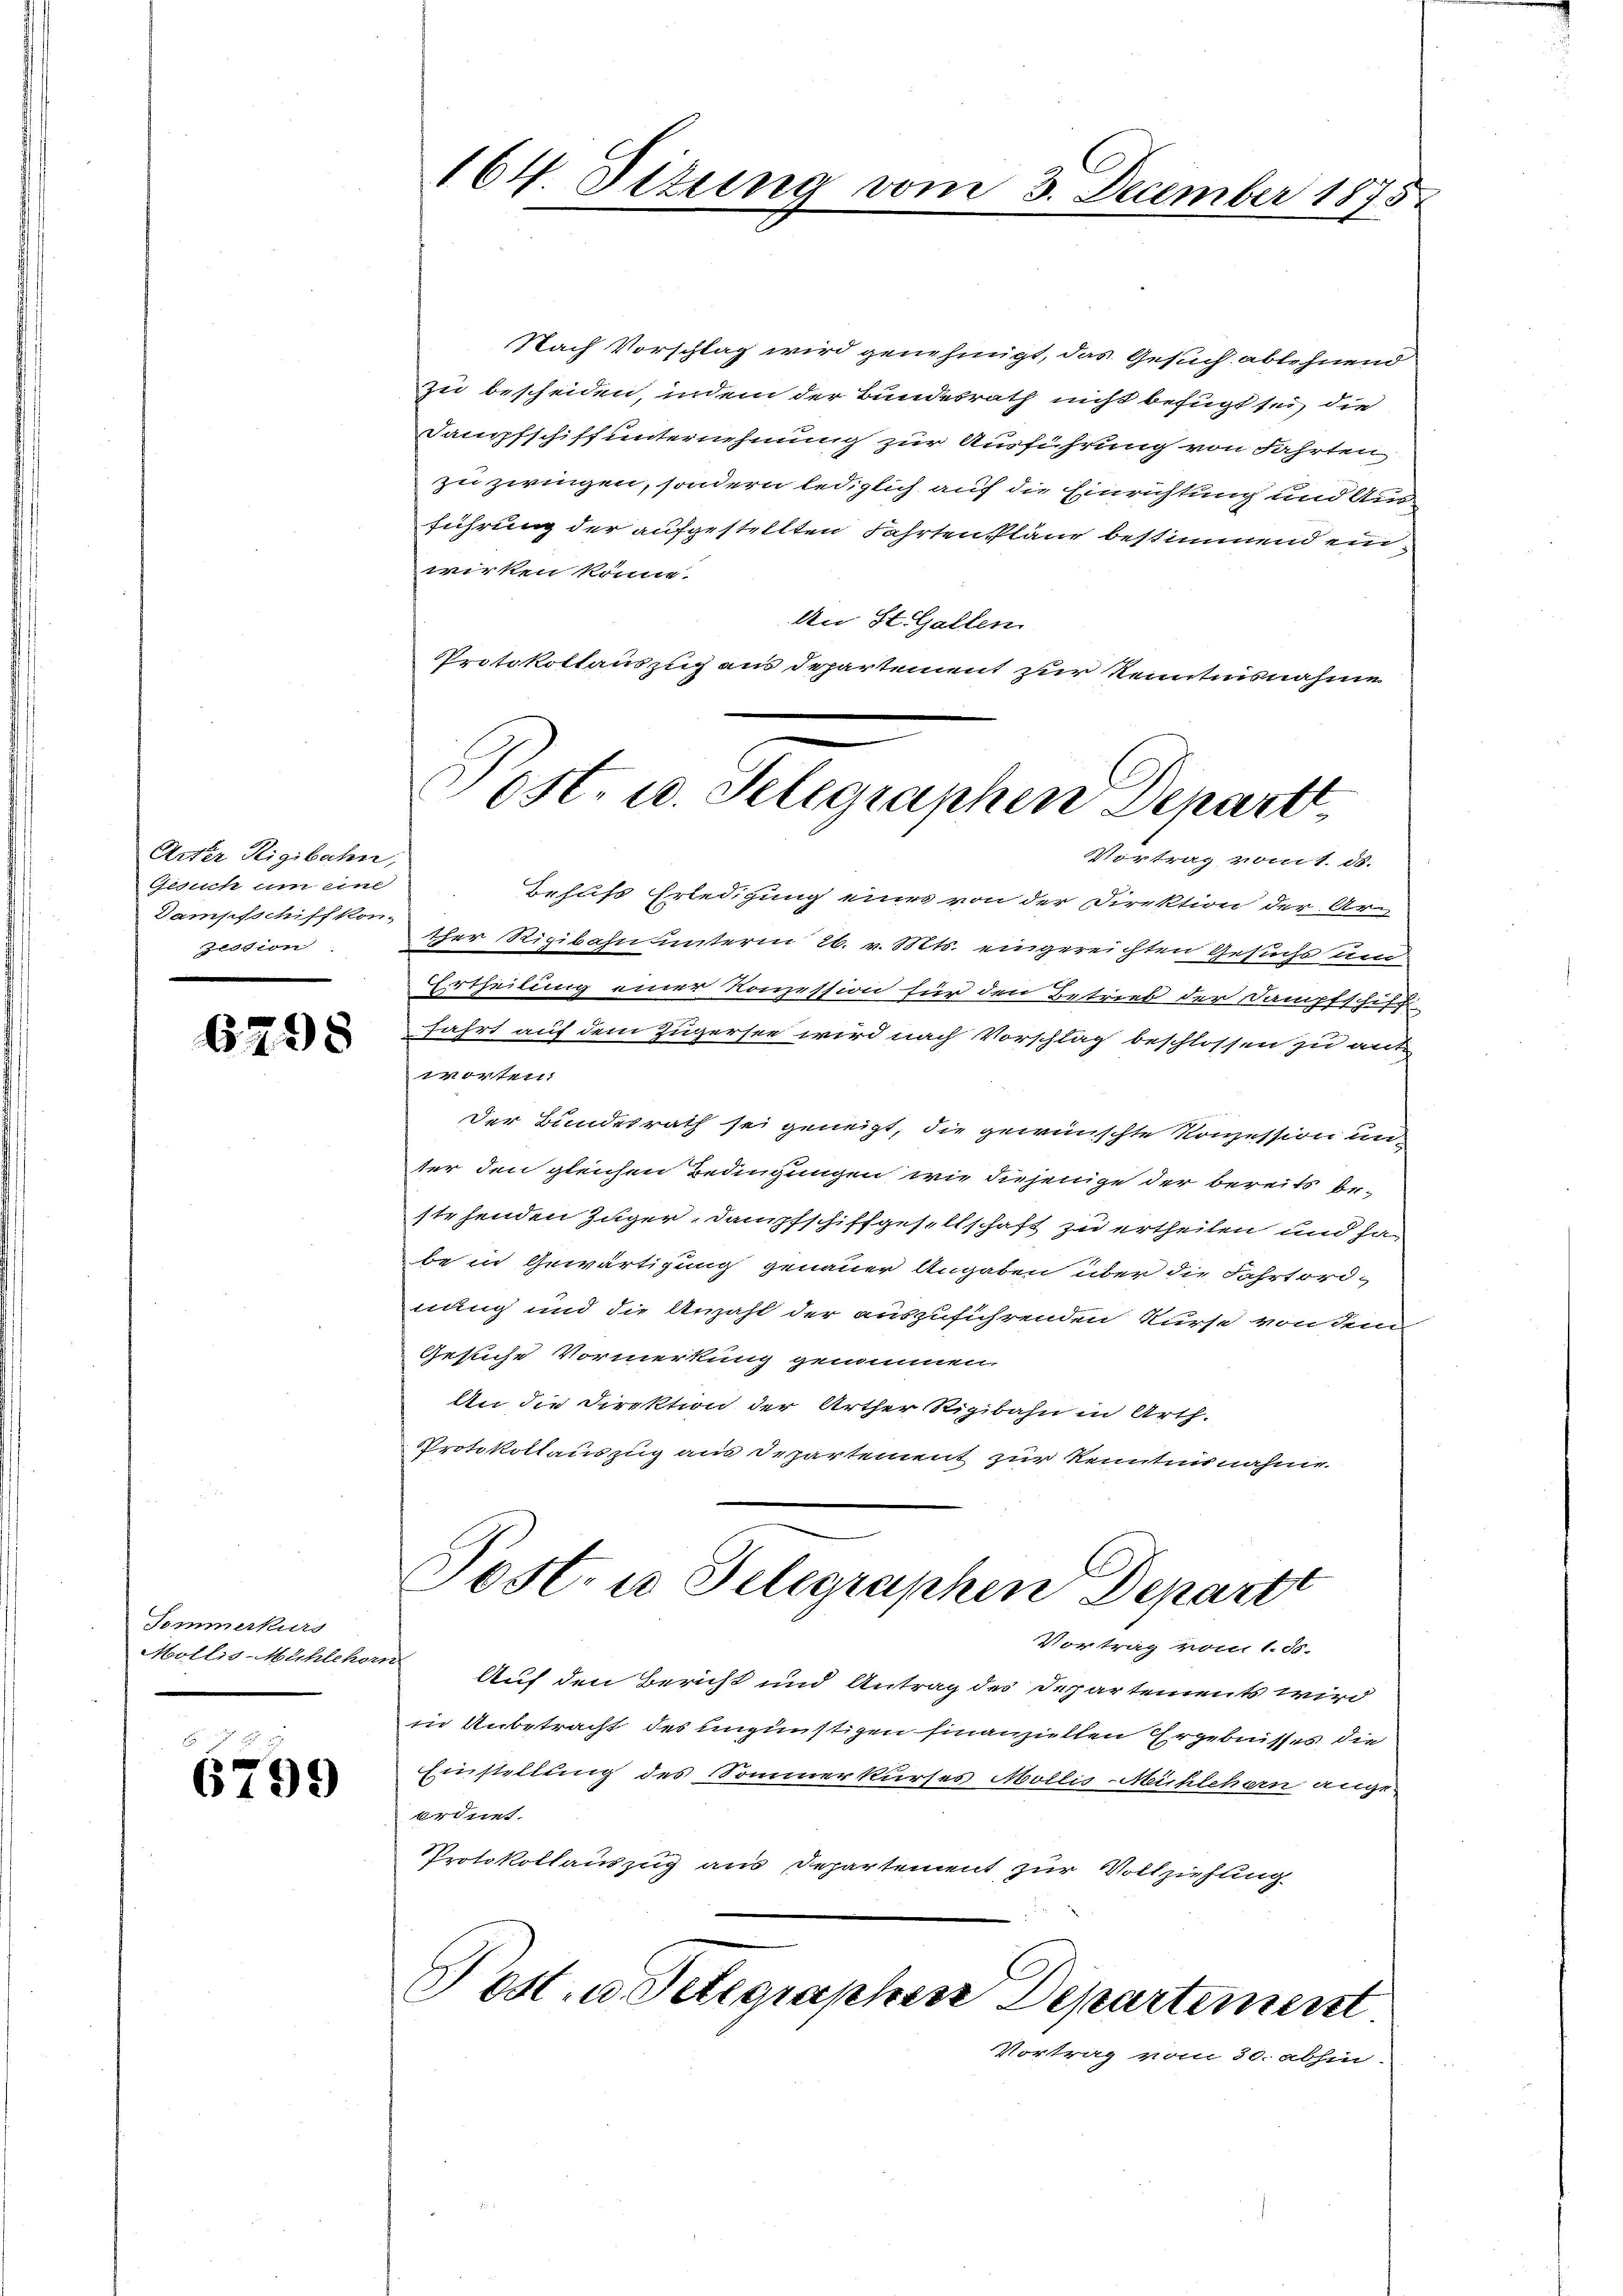
Arter Rigibahn,
Gesuch um eine
Dampfschiff kon-
zession

698

Sommerkurs
Mollis-Mühlehorn

6799

164. Situng vom 3. December 1875

Nach Vorschlag wird genehmigt, das Gesuch ablehnend
zu bescheiden, indem der Bundesrath nicht befügt sei, die
Dampfschiff unternehmung zur Ausführung von Fahrten,
zu zwingen, sondern lediglich auf die Einrichtung und Ausführung der aufgestellten Fahrten Pläne bestimmend einwirken könne.
An St. Gallen.
Protokollauszug aus Departement zur Kenntnisnahme

Post. u. Selegraphen Depart
Vertrag vom 1. ds.

Behufs Erledigung eines von der Direktion der Ar-
cher Rigibahn unterm 26. v. Mts. eingereichten Gesuchs und
Ertheilung einer Konzession für den Betrieb der Dampfschiff
fahrt auf dem Zugersee wird nach Vorschlag beschlossen zu ant
0474111
Der Bundesrath sei geneigt, die gewünschte Konzession unter den gleichen Bedingungen, wie diejenige der bereits bestehenden Züger, Dampfschiffgesellschaft zu ertheilen und ha
be in Gewärtigung genauer Angaben über die Fahrtordnung und die Anzahl der auszuführenden Kurse von dem
Gesiche Vormerkung genommen
An die Direktion der Arther Rigibahn in Arth.
Protokollauszug aus Departement zur Kenntnisnahme.

Post. in Telegraphen Departt

Vortrag vom 1. ds.
Auf den Bericht und Antrag des Departements wird
in Unbetracht des ungünstigen finanziellen Ergebnisses die
Einstellung des Sommerkurses Mollis-Mühlehern ange
ordnet.
Protokollauszug aus Departement zur Vollziehung

Post- u. Telegraphen Departement
Vortrag vom 30. abhin